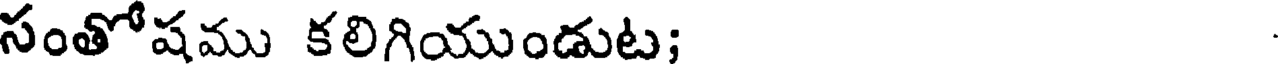
సంతోషము కలిగియుండుట;